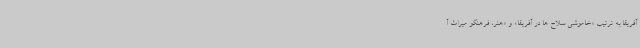
آفریقا به ترتیب «خاموشی سلاح ها در آفریقا» و «هنر، فرهنگو میراث آ